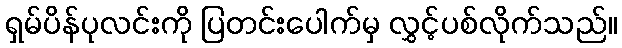
ရှမ်ပိန်ပုလင်းကို ပြတင်းပေါက်မှ လွှင့်ပစ်လိုက်သည်။